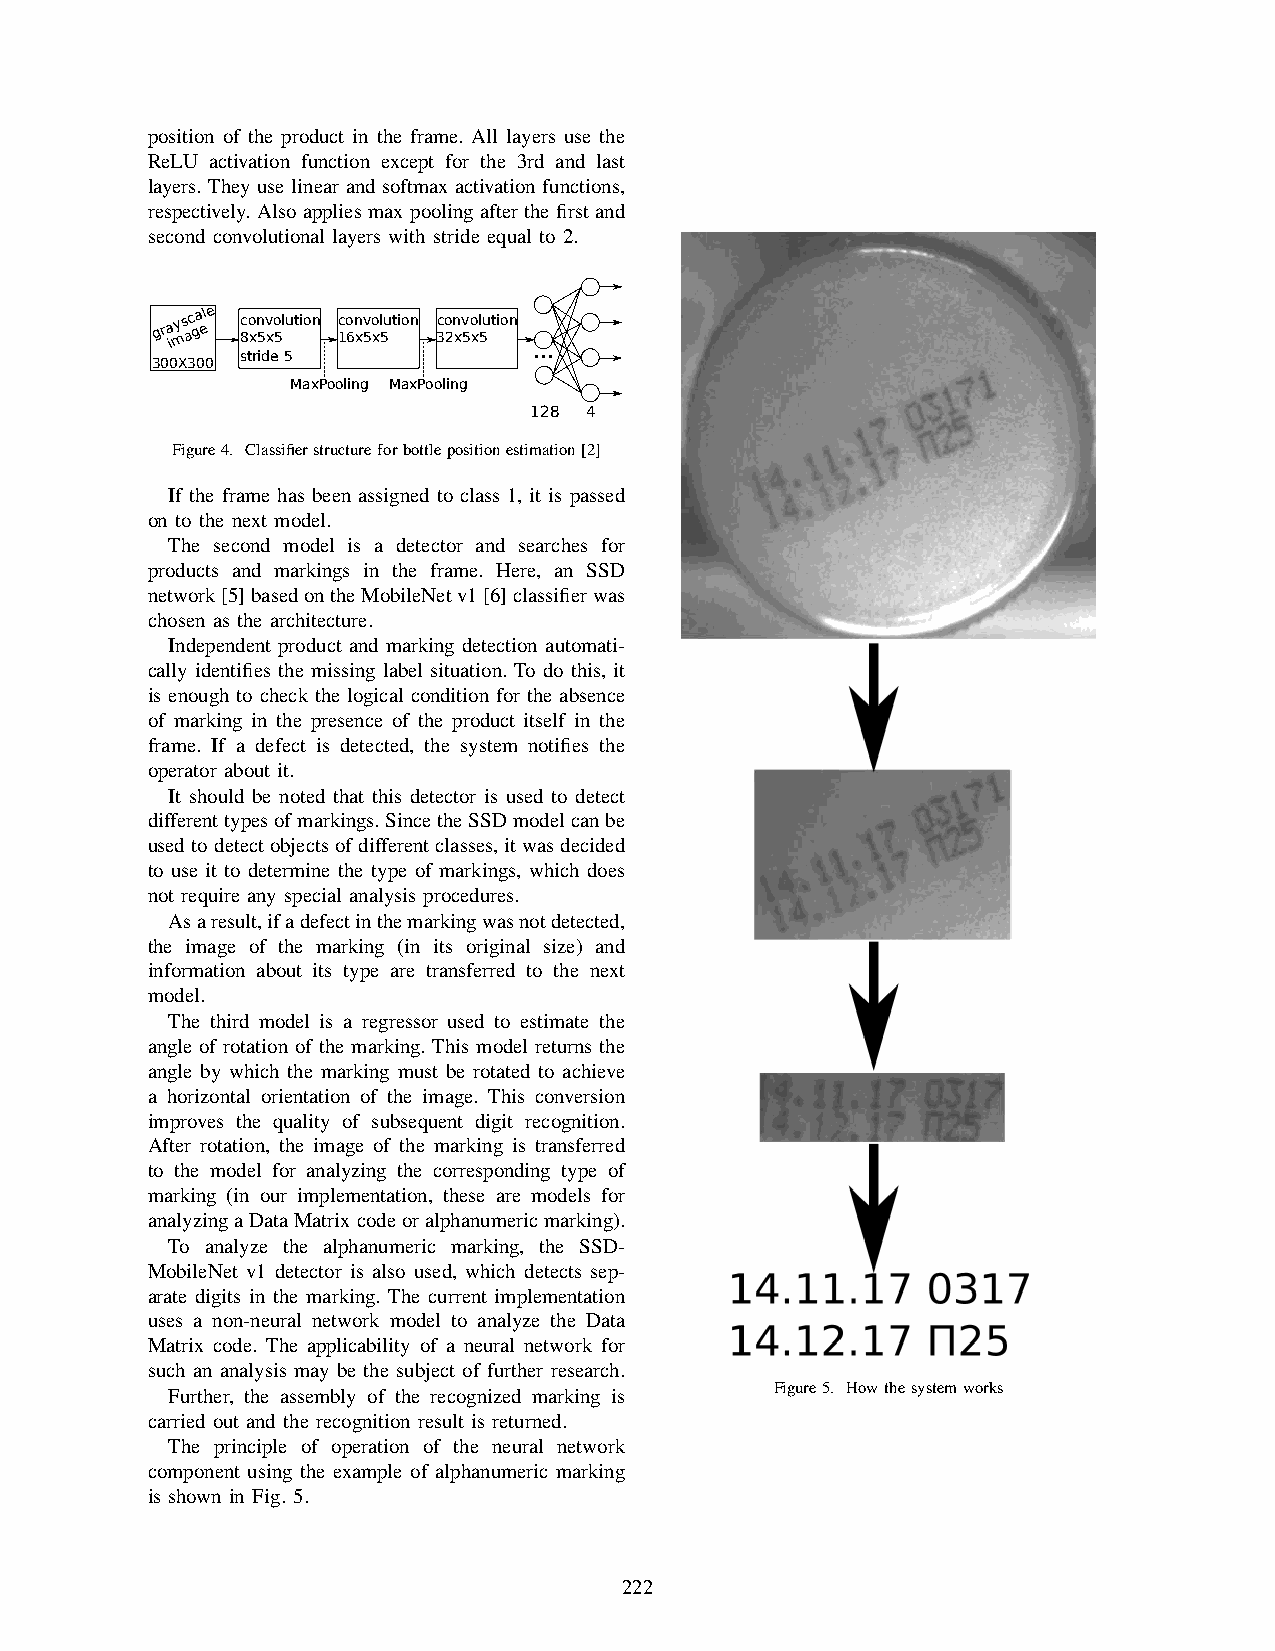
position of the product in the frame. All layers use the
 ReLU activation function except for the 3rd and last
 layers. They use linear and softmax activation functions,
 respectively. Also applies max pooling after the first and
 second convolutional layers with stride equal to 2.
 gra imys ac ga ele 8co xn 5v xo 5lution 1co 6n xv 5o xl 5ution 3co 2n xv 5o xl 5ution
 ...
 stride 5
 300X300
 MaxPooling MaxPooling
 128 4
 Figure4. Classifierstructureforbottlepositionestimation[2]
 If the frame has been assigned to class 1, it is passed
 on to the next model.
 The second model is a detector and searches for
 products and markings in the frame. Here, an SSD
 network[5]basedontheMobileNetv1[6]classifierwas
 chosen as the architecture.
 Independent product and marking detection automati-
 cally identifies the missing label situation. To do this, it
 is enough to check the logical condition for the absence
 of marking in the presence of the product itself in the
 frame. If a defect is detected, the system notifies the
 operator about it.
 It should be noted that this detector is used to detect
 differenttypesofmarkings.SincetheSSDmodelcanbe
 usedtodetectobjectsofdifferentclasses,itwasdecided
 to use it to determine the type of markings, which does
 not require any special analysis procedures.
 Asaresult,ifadefectinthemarkingwasnotdetected,
 the image of the marking (in its original size) and
 information about its type are transferred to the next
 model.
 The third model is a regressor used to estimate the
 angle of rotation of the marking. This model returns the
 angle by which the marking must be rotated to achieve
 a horizontal orientation of the image. This conversion
 improves the quality of subsequent digit recognition.
 After rotation, the image of the marking is transferred
 to the model for analyzing the corresponding type of
 marking (in our implementation, these are models for
 analyzingaDataMatrixcodeoralphanumericmarking).
 To analyze the alphanumeric marking, the SSD-
 MobileNet v1 detector is also used, which detects sep-
 arate digits in the marking. The current implementation
 uses a non-neural network model to analyze the Data
 Matrix code. The applicability of a neural network for
 such an analysis may be the subject of further research.
 Figure5. Howthesystemworks
 Further, the assembly of the recognized marking is
 carried out and the recognition result is returned.
 The principle of operation of the neural network
 component using the example of alphanumeric marking
 is shown in Fig. 5.
 222